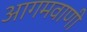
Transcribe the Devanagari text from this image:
आगमवाणी